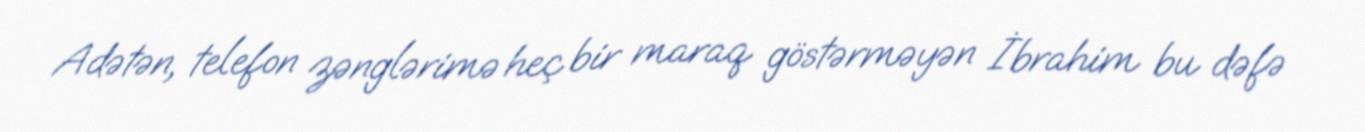
Adətən, telefon zənglərimə heç bir maraq göstərməyən İbrahim bu dəfə